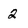
Character: 2